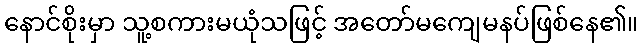
နောင်စိုးမှာ သူ့စကားမယုံသဖြင့် အတော်မကျေမနပ်ဖြစ်နေ၏။